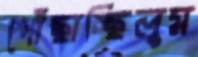
পোঁছাচ্ছিলুম